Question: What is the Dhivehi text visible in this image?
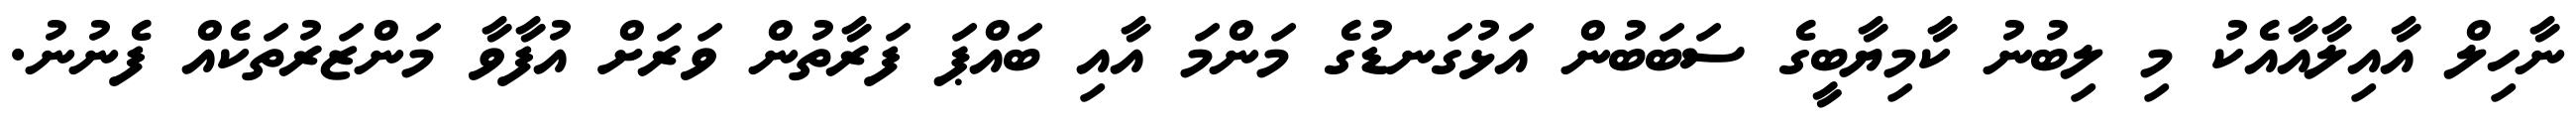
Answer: ނާހިލް އާއިލާއާއެކު މި ލިބުނު ކާމިޔާބީގެ ސަބަބުން އަޅުގަނޑުގެ މަންމަ އާއި ބައްޕަ ފަރާތުން ވަރަށް އުފާވާ މަންޒަރުތަކެއް ފެނުނު.